Leaving Certificate Examination, 1907
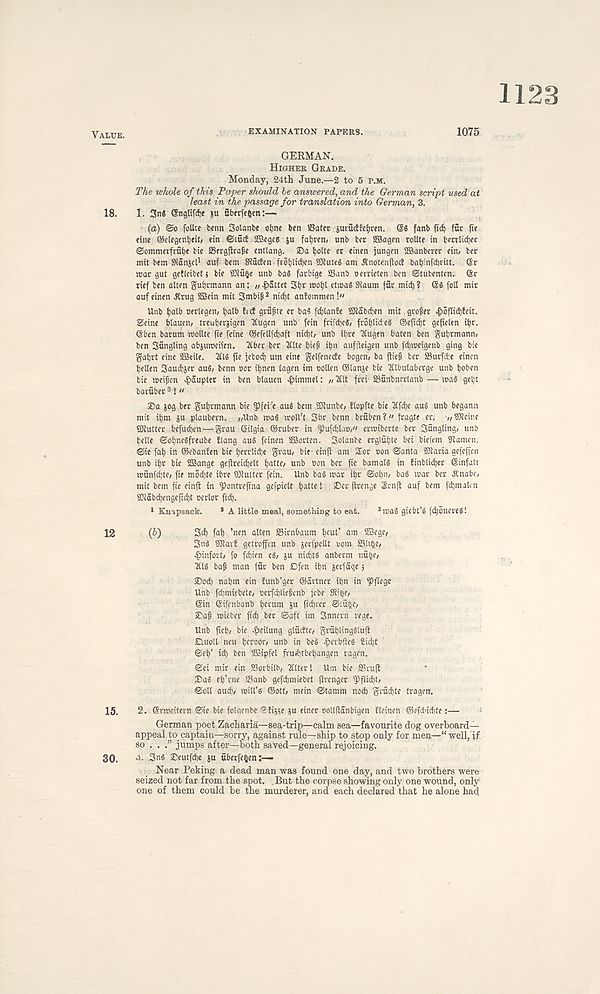
1123
VAIiUE.
EXAMINATION PAPERS.
1075
GERMAN.
HIGHER GRADE.
Monday, 24th June.—2 to 5 P.M.
The whole of this Taper should be answered, and the German script used at
least in the passage for translation into German, 3.
18.
1. 3nS (Sngltfcfje ju fiberfefcen:—
(a) So follte benn Solanbe oijne ben Cater jurudfetjren.
fanb fid) fur jie
eine ©ctegenjjeit, etn Siuct SBegeg ju fatjren/ unb ber SBagen rollte in tjradid)^
Sommevfrutje bte Cfrgftrafse entlang. ®a ^olte er etnen jungen SHianbercr ein^ ber
mit bem SRanjel 1 auf bem SRucfen froijlid^en 50tuteg am Anotenftoct babmfcijritt. ©r
mar gut getteibetj bie SJtufce unb bag farbige SSanb oerrieten ben ©tubenten. @r
rtef ben atten guijrmann an: «>&5ttet 3f)r mofjl etmag Sftaum fflr mid) ? ©g foil mir
aufeinen dtrug 9Bein mit Smbijs 2 nid)t anfommen!"
Unb fjalb oerlegen, tjalb !f(f grufte er bag fd)tanfe 9Kabd)en mit grofer ^)6flid)!eit.
Seine blauen, treuberjigen tfugen unb fein frifdjeg/ frot)lid;eg ®ejtd)t gefieien ifir.
©ben barum roollte fie feine ©efellfdjaft nid)t/ unb itjre Ttugen baten ben gutjrmann;
ben Sttngling abjuweifen. 2(ber ber 2tlte t)iff itjn auffteigen unb fdjmeigenb ging bie
gafjrt eine 2Beile. 3flg fie jebod) um eine getfenecte bogen/ ba ftief ber S3urfd;e einen
tjelten Saucier aug/ benn »or i^nen tagen im oolten ©tanse bie Xlbutaberge unb ^oben
bie meifen ^)Supter in ben blauen ^>immel: /,2fit frei Cunbncrlanb — mag get;t
barubet 3 !«
2ba jog ber gufyrmann bie ^3fei;e aug bem SKunbe/ ftopfte bie Kfc^e aug unb begann
mit if)m p ptaubevn. ;,Unb mag mpll’t 3br benn bruben?" fragte er. //SKeine
Stutter befuefyen—grau ©ilgia ©ruber in Sufd)ta»/" ermiberte ber Sungting, unt>
belie Soljnegfreube Hang aug feinen SBorten. Solanbe erglutjte bei biefem Samen.
©ie fal) in ©ebanfen bie berrlidje grau/ bie^ einft am Sor oon Santa Staria gefeffen
unb ife bie UBange gefireidjelt fatte, unb bon ber fie bamalg in !inblid)er ©infalt
munfebte/ fie mod)te ibre Stutter fein. Unb bag mar ibr Sobn/ bag mar ber .Rnabe,
mit bem fie einjt in Sontreftna gefpielt b«tte! £>er (trenge Srnft auf bem fd)malen
Siabcbengeficbt berlor fid).
1 Kuapsacfc.
s A little meal, something to eat.
3 mag giebt’g fdbbnereg!
12
(Z>)
3cb fab ’nen alten SSirnbaum b^wt’ am SBege,
3ng Star! getroffen unb jerfpellt uom SSUbe/
^)infort/ fo fd)ien eg/ ju niebtg anberm nfi&e,
3Ug baf man f8r ben £)fen ibn jerfage 5
£>od) nabm ein Eunb’ger ©artner ibn in ^)flege
Unb fd)miebete/ oerfdrfiefsenb jebe Si be/
©in ©ifenbanb beeum ju fid)rer SiubC/
iDaf mieber jtd) ber Saft im Snnern rege.
Unb fieb/ bie ^teilung glucfte/ grublingglufi
Cluoll neu beroor/ unb in beg ^»erbileg £id)t
Seb’ id) ben SBipfel frud)tbebangen ragen.
Sei mir ein SSorbilb/ filter! Um bie Cruft
Da5 eb’rne Canb gefebmiebet ftrenger Sflid)t/
Soil audi/ miU’g ©ott/ mein Stamm nod) grudjte tragen.
15.
2. ©rmeitern Sie bie folgenbe Sfijite ju einer oollftanbigen tleinen ©efd'icbte:—
German poet Zacharia—sea-trip—calm sea—favourite dog overboard—
appeal to captain—sorry, against rule—ship to stop only for men—“well, if
so . . .” jumps after—both saved—general rejoicing.
30.
d. 3ng Seutfcbe ju ttberfe$en:—
Near Peking a dead man was found one day, and two brothers were
seized not far from the spot. . But the corpse showing only one wound, only
one of them could be the murderer, and each declared that he alone had